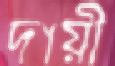
দায়ী